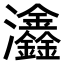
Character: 𤅺